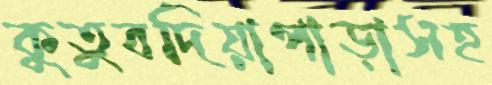
কুতুবদিয়াপাড়াসহ